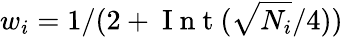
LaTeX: w_{i}=1/(2+\mathrm{~I~n~t~}(\sqrt{N_{i}}/4))